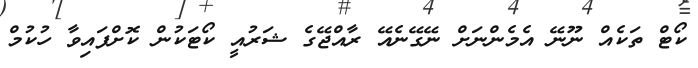
ކޯޓް ތަކެއް ނޫނޭ އެމެންނަށް ނޭގޭނެއޭ ރާއްޖޭގެ ޝަރުއީ ކޯޓަކުން ކޮށްފައިވާ ހުކުމް